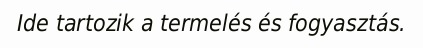
Ide tartozik a termelés és fogyasztás.